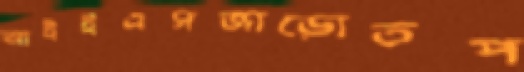
আইইএসজাড়োতপ